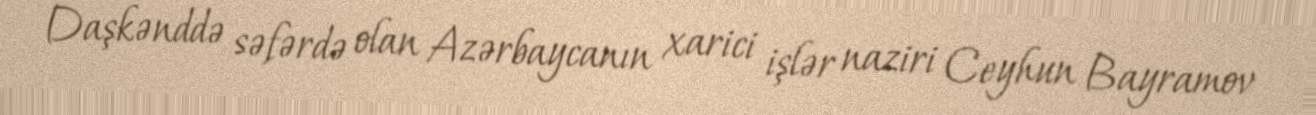
Daşkənddə səfərdə olan Azərbaycanın xarici işlər naziri Ceyhun Bayramov